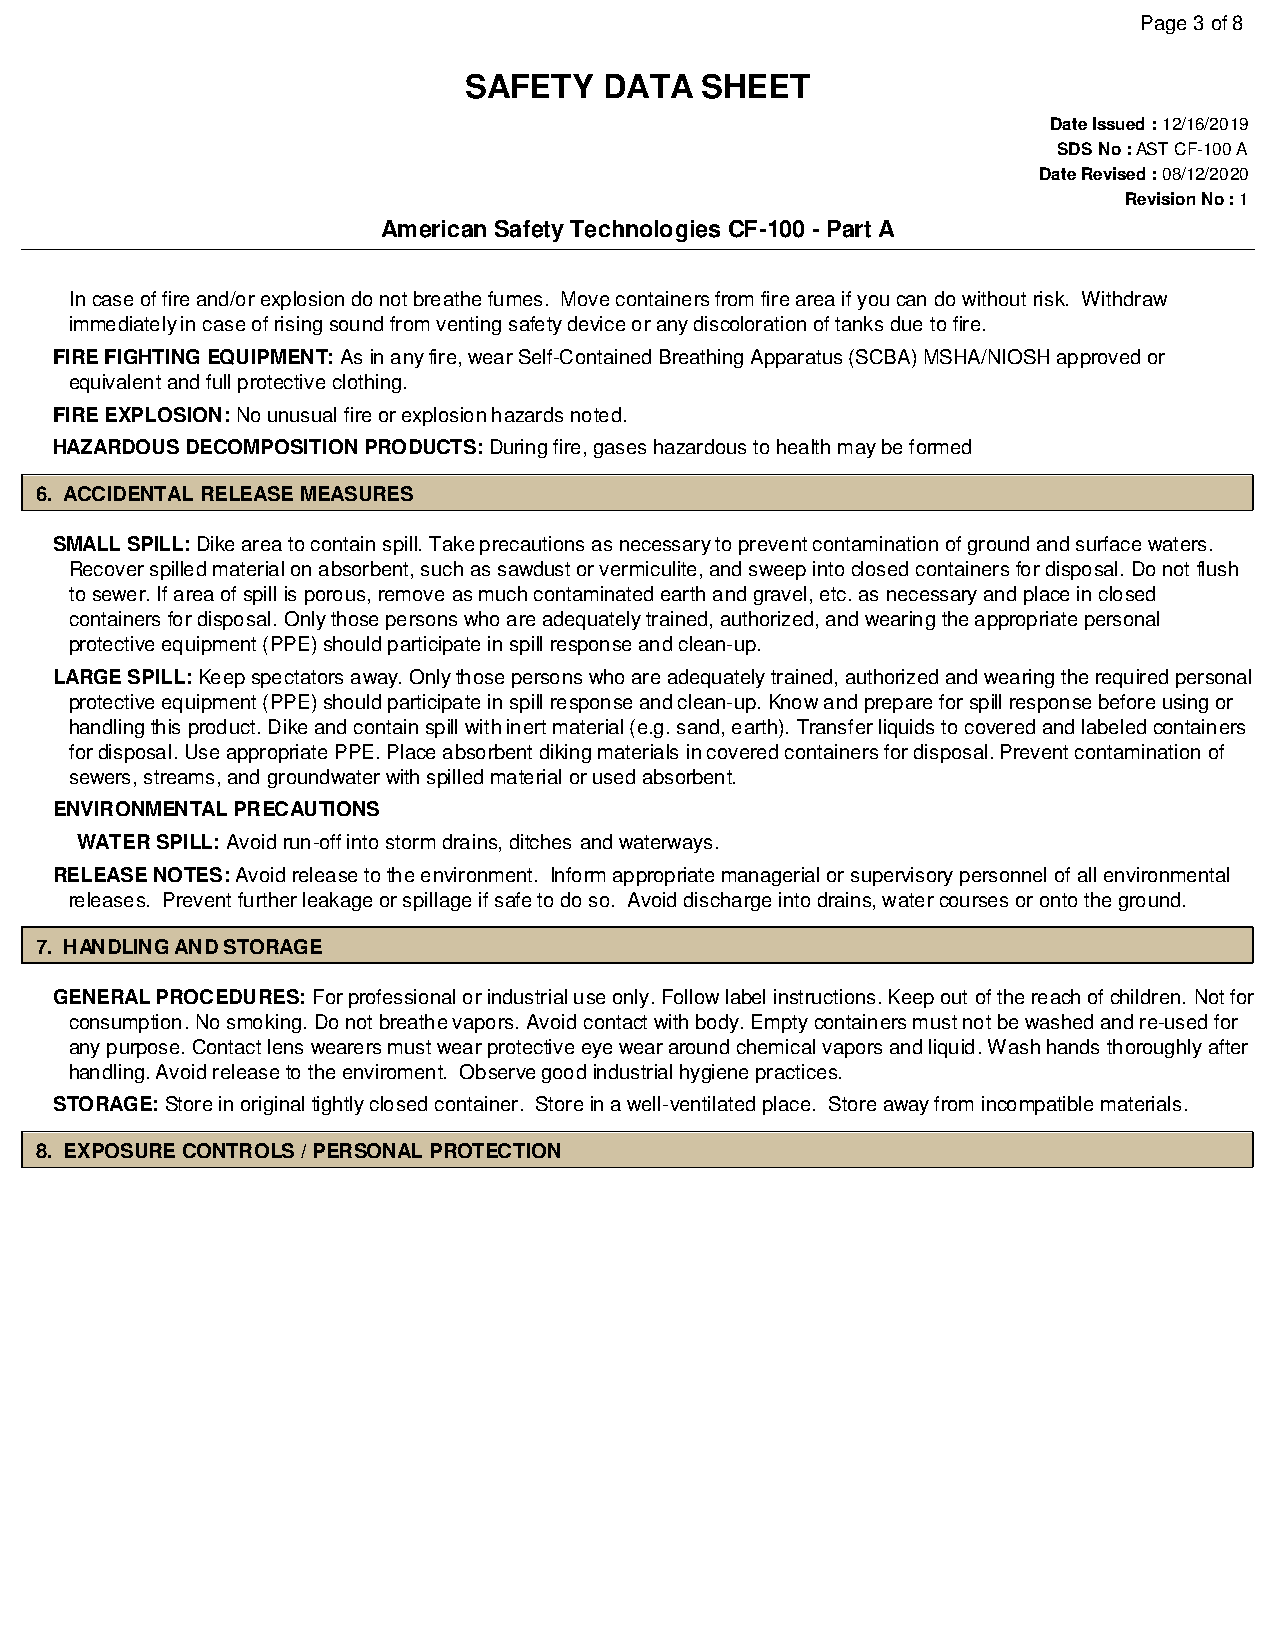
Page 3 of 8
 SAFETY   DATA  SHEET
 Date Issued : 12/16/2019
 SDS No : AST CF-100 A
 Date Revised : 08/12/2020
 Revision No : 1
 American Safety Technologies CF-100 - Part A
 In case of fire and/or explosion do not breathe fumes. Move containers from fire area if you can do without risk. Withdraw
 immediately in case of rising sound from venting safety device or any discoloration of tanks due to fire.
 FIRE FIGHTING EQUIPMENT: As in any fire, wear Self-Contained Breathing Apparatus (SCBA) MSHA/NIOSH approved or
 equivalent and full protective clothing.
 FIRE EXPLOSION: No unusual fire or explosion hazards noted.
 HAZARDOUS DECOMPOSITION PRODUCTS: During fire, gases hazardous to health may be formed
 6. ACCIDENTAL RELEASE MEASURES
 SMALL SPILL: Dike area to contain spill. Take precautions as necessary to prevent contamination of ground and surface waters.
 Recover spilled material on absorbent, such as sawdust or vermiculite, and sweep into closed containers for disposal. Do not flush
 to sewer. If area of spill is porous, remove as much contaminated earth and gravel, etc. as necessary and place in closed
 containers for disposal. Only those persons who are adequately trained, authorized, and wearing the appropriate personal
 protective equipment (PPE) should participate in spill response and clean-up.
 LARGE SPILL: Keep spectators away. Only those persons who are adequately trained, authorized and wearing the required personal
 protective equipment (PPE) should participate in spill response and clean-up. Know and prepare for spill response before using or
 handling this product. Dike and contain spill with inert material (e.g. sand, earth). Transfer liquids to covered and labeled containers
 for disposal. Use appropriate PPE. Place absorbent diking materials in covered containers for disposal. Prevent contamination of
 sewers, streams, and groundwater with spilled material or used absorbent.
 ENVIRONMENTAL PRECAUTIONS
 WATER SPILL: Avoid run-off into storm drains, ditches and waterways.
 RELEASE NOTES: Avoid release to the environment. Inform appropriate managerial or supervisory personnel of all environmental
 releases. Prevent further leakage or spillage if safe to do so. Avoid discharge into drains, water courses or onto the ground.
 7. HANDLING AND STORAGE
 GENERAL PROCEDURES: For professional or industrial use only. Follow label instructions. Keep out of the reach of children. Not for
 consumption. No smoking. Do not breathe vapors. Avoid contact with body. Empty containers must not be washed and re-used for
 any purpose. Contact lens wearers must wear protective eye wear around chemical vapors and liquid. Wash hands thoroughly after
 handling. Avoid release to the enviroment. Observe good industrial hygiene practices.
 STORAGE: Store in original tightly closed container. Store in a well-ventilated place. Store away from incompatible materials.
 8. EXPOSURE CONTROLS / PERSONAL PROTECTION